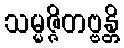
သမ္မဇ္ဇိတဗ္ဗန္တိ